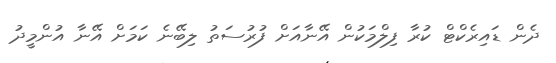
ދެން ޑައިރެކްޓް ކުރާ ފިލްމަކުން އޭނާއަށް ފުރުސަތު ލިބޭނެ ކަމަށް އޭނާ އުންމީދު